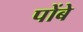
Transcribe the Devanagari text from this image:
पोंबे